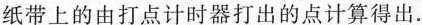
纸带上的由打点计时器打出的点计算得出。